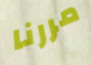
مررنا